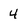
Character: 4